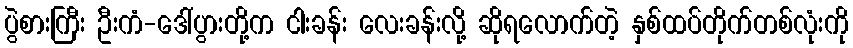
ပွဲစားကြီး ဦးကံ-ဒေါ်ပွားတို့က ငါးခန်း လေးခန်းလို့ ဆိုရလောက်တဲ့ နှစ်ထပ်တိုက်တစ်လုံးကို